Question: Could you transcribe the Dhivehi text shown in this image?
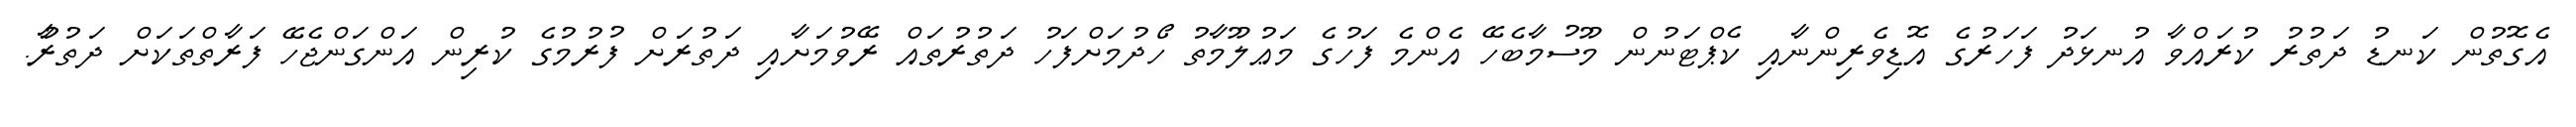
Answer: އެގޮތުން ކަނޑު ދަތުރު ކުރައްވާ އުނޅަދު ފަހަރުގެ އޮޑިވެރިންނާއި ކެޕްޓަނުން މޫސުމާބެހޭ އެންމެ ފަހުގެ މަޢުލޫމާތު ހޯދުމަށްފަހު ދަތުރުތައް ރޭވުމަށާއި ދަތުރަށް ފުރުމުގެ ކުރިން އަންގަންޖެހޭ ފަރާތްތަކަށް ދަތުރުާ.